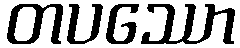
တပဿော